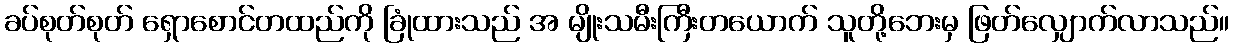
ခပ်စုတ်စုတ် ရှောစောင်တထည်ကို ခြုံထားသည် အ မျိုးသမီးကြီးတယောက် သူတို့ဘေးမှ ဖြတ်လျှောက်လာသည်။